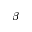
\beta